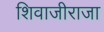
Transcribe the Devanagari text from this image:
शिवाजीराजा